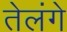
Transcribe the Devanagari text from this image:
तेलंगे